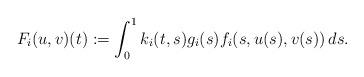
LaTeX: \begin{align*}F_i(u,v)(t):=\int_{0}^{1}k_i(t,s)g_i(s)f_i(s,u(s),v(s))\,ds.\end{align*}